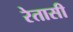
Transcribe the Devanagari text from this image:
रेतासी